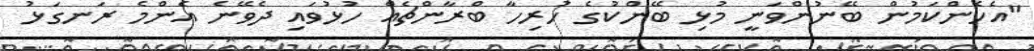
"އެހެންކަމުން ބޭނުންވަނީ މުޅި ބޭންކުގެ ހުރިހާ ބްރާންޗެއް ހުޅުވައި ދެވޭނެ އެންމެ ރަނގަޅު